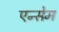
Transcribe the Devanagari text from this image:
एन्सेम